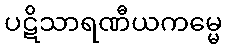
ပဋိသာရဏီယကမ္မေ